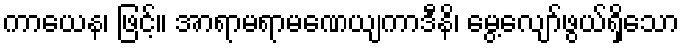
ကာယေန၊ ဖြင့်။ အာရာမရာမဏေယျကာဒီနိ၊ မွေ့လျော်ဖွယ်ရှိသော